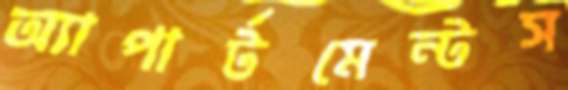
অ্যাপার্টমেন্টস